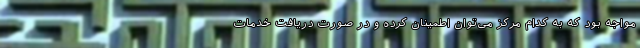
مواجه بود که به کدام مرکز می‌توان اطمینان کرده و در صورت دریافت خدمات